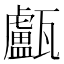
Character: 𤮧